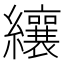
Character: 纕